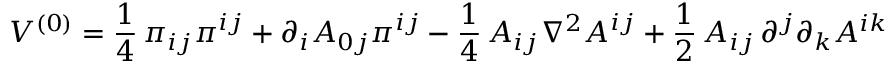
V ^ { ( 0 ) } = \frac { 1 } { 4 } \, \pi _ { i j } \pi ^ { i j } + \partial _ { i } A _ { 0 j } \pi ^ { i j } - \frac { 1 } { 4 } \, A _ { i j } \nabla ^ { 2 } A ^ { i j } + \frac { 1 } { 2 } \, A _ { i j } \, \partial ^ { j } \partial _ { k } A ^ { i k }